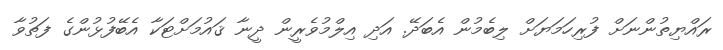
ރައްޔިތުންނަށް ފުރިހަމަޔަށް ލިބެމުން އެބަދޭ. އަދި އިލްމުވެރީން ދީނާ ޤައުމަށްޓަކާ އެބޭފުޅުންގެ ފަތުވާ